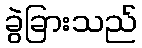
ခွဲခြားသည်